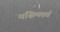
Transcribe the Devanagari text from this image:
पश्चिमवर्त